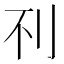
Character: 𰄟